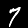
Digit: 7